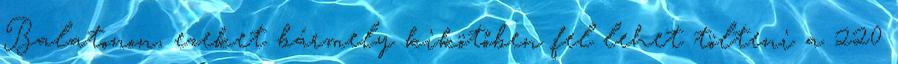
Balatonon, ezeket bármely kikötőben fel lehet tölteni a 220